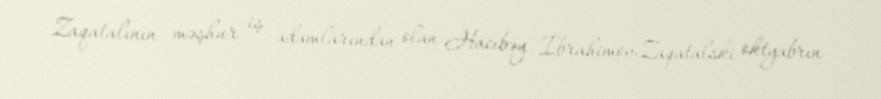
Zaqatalının məşhur iş adamlarından olan Hacıbəy İbrahimov-Zaqatalski oktyabrın